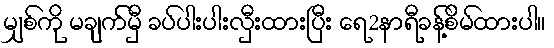
မျှစ်ကို မချက်မှီ ခပ်ပါးပါးလှီးထားပြီး ရေ2နာရီခန့်စိမ်ထားပါ။